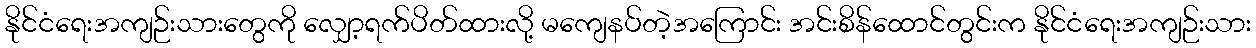
နိုင်ငံရေးအကျဉ်းသားတွေကို လျှော့ရက်ပိတ်ထားလို့ မကျေနပ်တဲ့အကြောင်း အင်းစိန်ထောင်တွင်းက နိုင်ငံရေးအကျဉ်းသား